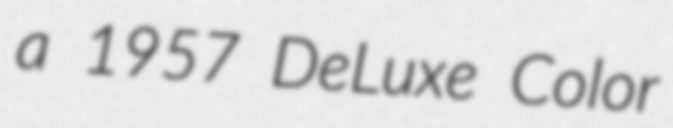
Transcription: a 1957 DeLuxe Color